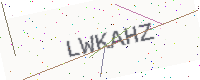
Text: LWKAHZ